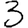
Digit: 3